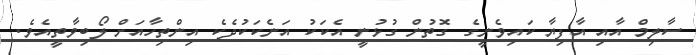
ސާލިމް އާއި އާފިޔާ ކައިވެނީގެ ގޮތުން ގުޅުނީ އެކަކު އަނެކަކުދެކެ އިންތިހާއަށް ލޯބިވާތީއެވެ.